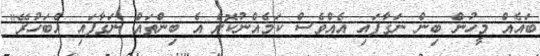
ބައެއް މީހުން ބިން ނަގާފައި އެއްވެސް ކަމެއްނުކޮށް އެ ބިންތައް ނަގާފައި އެބަހުރޭ"